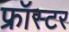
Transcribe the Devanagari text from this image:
फ्रॉस्टर